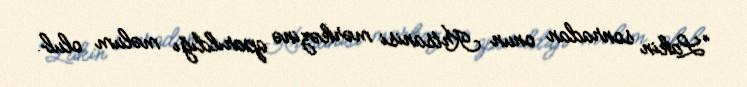
“Lakin sonradan onun Krtsanisi mərkəzinə aparıldığı məlum olub.